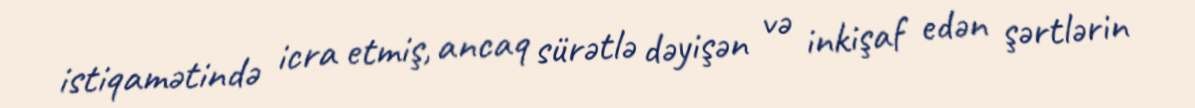
istiqamətində icra etmiş, ancaq sürətlə dəyişən və inkişaf edən şərtlərin